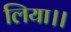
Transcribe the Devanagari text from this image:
लिया।।